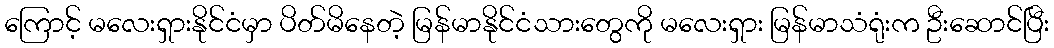
ကြောင့် မလေးရှားနိုင်ငံမှာ ပိတ်မိနေတဲ့ မြန်မာနိုင်ငံသားတွေကို မလေးရှား မြန်မာသံရုံးက ဦးဆောင်ပြီး